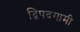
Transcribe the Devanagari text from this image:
द्विपदगामी